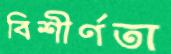
বিশীর্ণতা